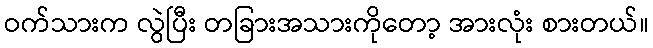
ဝက်သားက လွဲပြီး တခြားအသားကိုတော့ အားလုံး စားတယ်။